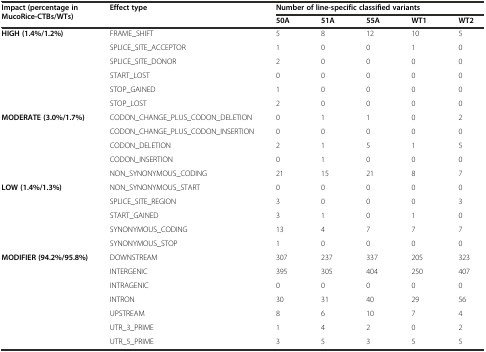
| <ROWSPAN=2> Impact (percentage in MucoRice-CTBs/WTs) | <ROWSPAN=2> Effect type | <COLSPAN=5> Number of line-specific classified variants |
 | 50A | 51A | 55A | WT1 | WT2 |
 | --- | --- | --- | --- | --- | --- | --- |
 | <ROWSPAN=6> HIGH (1.4%/1.2%) | FRAME_SHIFT | 5 | 8 | 12 | 10 | 5 |
 | SPLICE_SITE_ACCEPTOR | 1 | 0 | 0 | 1 | 0 |
 | SPLICE_SITE_DONOR | 2 | 0 | 0 | 0 | 0 |
 | START_LOST | 0 | 0 | 0 | 0 | 0 |
 | STOP_GAINED | 1 | 0 | 0 | 0 | 0 |
 | STOP_LOST | 2 | 0 | 0 | 0 | 0 |
 | <ROWSPAN=5> MODERATE (3.0%/1.7%) | CODON_CHANGE_PLUS_CODON_DELETION | 0 | 1 | 1 | 0 | 2 |
 | CODON_CHANGE_PLUS_CODON_INSERTION | 0 | 0 | 0 | 0 | 0 |
 | CODON_DELETION | 2 | 1 | 5 | 1 | 5 |
 | CODON_INSERTION | 0 | 1 | 0 | 0 | 0 |
 | NON_SYNONYMOUS_CODING | 21 | 15 | 21 | 8 | 7 |
 | <ROWSPAN=5> LOW (1.4%/1.3%) | NON_SYNONYMOUS_START | 0 | 0 | 0 | 0 | 0 |
 | SPLICE_SITE_REGION | 3 | 0 | 0 | 0 | 3 |
 | START_GAINED | 3 | 1 | 0 | 1 | 0 |
 | SYNONYMOUS_CODING | 13 | 4 | 7 | 7 | 7 |
 | SYNONYMOUS_STOP | 1 | 0 | 0 | 0 | 0 |
 | <ROWSPAN=7> MODIFIER (94.2%/95.8%) | DOWNSTREAM | 307 | 237 | 337 | 205 | 323 |
 | INTERGENIC | 395 | 305 | 404 | 250 | 407 |
 | INTRAGENIC | 0 | 0 | 0 | 0 | 0 |
 | INTRON | 30 | 31 | 40 | 29 | 56 |
 | UPSTREAM | 8 | 6 | 10 | 7 | 4 |
 | UTR_3_PRIME | 1 | 4 | 2 | 0 | 2 |
 | UTR_5_PRIME | 3 | 5 | 3 | 5 | 5 |